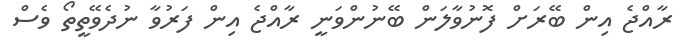
ރާއްޖެ އިން ބޭރަށް ފޮނުވާލަން ބޭނުންވަނީ ރާއްޖެ އިން ފަރުވާ ނުދެވޭތީތޯ ވެސް